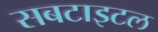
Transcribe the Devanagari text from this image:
सबटाइटल